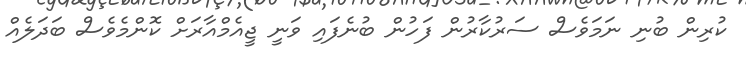
ކުރިން ބުނި ނަމަވެސް ސަރުކާރުން ފަހުން ބުނެފައި ވަނީ ޖީއެމްއާރަށް ކޮންމެވެސް ބަދަލެއް